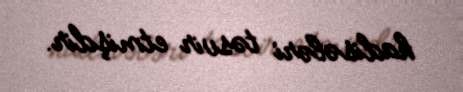
hadisələri təsvir etmişdir.